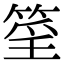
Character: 𥮍